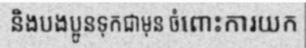
និងបងប្អូនទុកជាមុន ចំពោះការយក